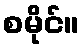
စမိုင်။